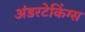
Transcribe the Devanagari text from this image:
अंडरटेकिंग्स